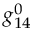
g _ { 1 4 } ^ { 0 }